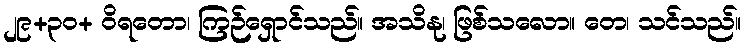
၂၉+၃၀+ ဝိရတော၊ ကြဉ်ရှောင်သည်။ အသိနု၊ ဖြစ်သလော။ တေ၊ သင်သည်။